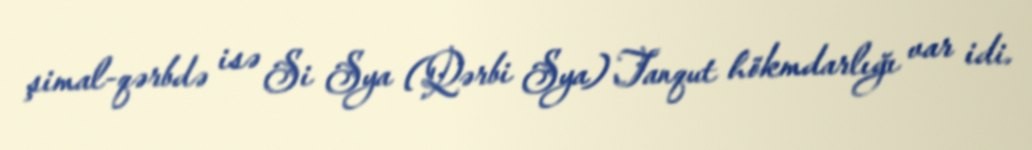
şimal-qərbdə isə Si Sya (Qərbi Sya) Tanqut hökmdarlığı var idi.